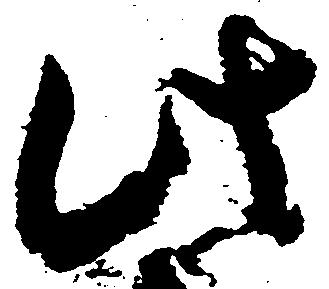
此